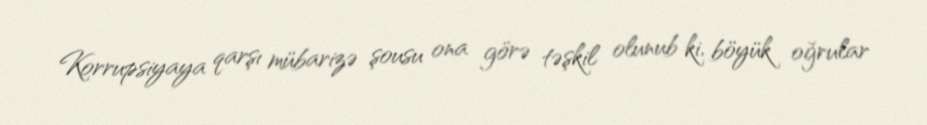
Korrupsiyaya qarşı mübarizə şousu ona görə təşkil olunub ki, böyük oğrular